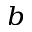
^ { b }